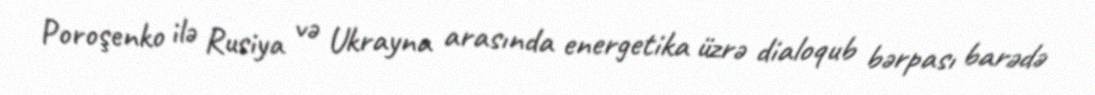
Poroşenko ilə Rusiya və Ukrayna arasında energetika üzrə dialoqub bərpası barədə